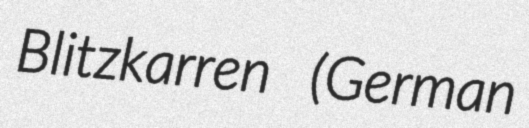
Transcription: Blitzkarren (German